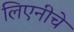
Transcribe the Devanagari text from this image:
लिएनीचे